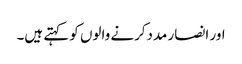
اور انصار مددکرنے والوں کو کہتے ہیں۔